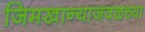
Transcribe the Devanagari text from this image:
जिमखान्याजवळच्या